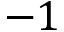
- 1